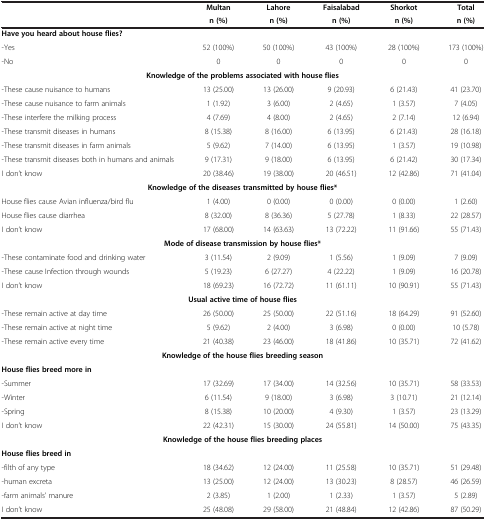
<table><thead><tr><td><b> </b></td><td><b>Multan</b></td><td><b>Lahore</b></td><td><b>Faisalabad</b></td><td><b>Shorkot</b></td><td><b>Total</b></td></tr><tr><td><b> </b></td><td><b>n (%)</b></td><td><b>n (%)</b></td><td><b>n (%)</b></td><td><b>n (%)</b></td><td><b>n (%)</b></td></tr></thead><tbody><tr><td><b>Have you heard about house flies?</b></td><td> </td><td> </td><td> </td><td> </td><td> </td></tr><tr><td>-Yes</td><td>52 (100%)</td><td>50 (100%)</td><td>43 (100%)</td><td>28 (100%)</td><td>173 (100%)</td></tr><tr><td>-No</td><td>0</td><td>0</td><td>0</td><td>0</td><td>0</td></tr><tr><td colspan="6"><b>Knowledge of the problems associated with house flies</b></td></tr><tr><td>-These cause nuisance to humans</td><td>13 (25.00)</td><td>13 (26.00)</td><td>9 (20.93)</td><td>6 (21.43)</td><td>41 (23.70)</td></tr><tr><td>-These cause nuisance to farm animals</td><td>1 (1.92)</td><td>3 (6.00)</td><td>2 (4.65)</td><td>1 (3.57)</td><td>7 (4.05)</td></tr><tr><td>-These interfere the milking process</td><td>4 (7.69)</td><td>4 (8.00)</td><td>2 (4.65)</td><td>2 (7.14)</td><td>12 (6.94)</td></tr><tr><td>-These transmit diseases in humans</td><td>8 (15.38)</td><td>8 (16.00)</td><td>6 (13.95)</td><td>6 (21.43)</td><td>28 (16.18)</td></tr><tr><td>-These transmit diseases in farm animals</td><td>5 (9.62)</td><td>7 (14.00)</td><td>6 (13.95)</td><td>1 (3.57)</td><td>19 (10.98)</td></tr><tr><td>-These transmit diseases both in humans and animals</td><td>9 (17.31)</td><td>9 (18.00)</td><td>6 (13.95)</td><td>6 (21.42)</td><td>30 (17.34)</td></tr><tr><td>I don’t know</td><td>20 (38.46)</td><td>19 (38.00)</td><td>20 (46.51)</td><td>12 (42.86)</td><td>71 (41.04)</td></tr><tr><td colspan="6"><b>Knowledge of the diseases transmitted by house flies*</b></td></tr><tr><td>House flies cause Avian influenza/bird flu</td><td>1 (4.00)</td><td>0 (0.00)</td><td>0 (0.00)</td><td>0 (0.00)</td><td>1 (2.60)</td></tr><tr><td>House flies cause diarrhea</td><td>8 (32.00)</td><td>8 (36.36)</td><td>5 (27.78)</td><td>1 (8.33)</td><td>22 (28.57)</td></tr><tr><td>I don’t know</td><td>17 (68.00)</td><td>14 (63.63)</td><td>13 (72.22)</td><td>11 (91.66)</td><td>55 (71.43)</td></tr><tr><td colspan="6"><b>Mode of disease transmission by house flies*</b></td></tr><tr><td>-These contaminate food and drinking water</td><td>3 (11.54)</td><td>2 (9.09)</td><td>1 (5.56)</td><td>1 (9.09)</td><td>7 (9.09)</td></tr><tr><td>-These cause Infection through wounds</td><td>5 (19.23)</td><td>6 (27.27)</td><td>4 (22.22)</td><td>1 (9.09)</td><td>16 (20.78)</td></tr><tr><td>I don’t know</td><td>18 (69.23)</td><td>16 (72.72)</td><td>11 (61.11)</td><td>10 (90.91)</td><td>55 (71.43)</td></tr><tr><td colspan="6"><b>Usual active time of house flies</b></td></tr><tr><td>-These remain active at day time</td><td>26 (50.00)</td><td>25 (50.00)</td><td>22 (51.16)</td><td>18 (64.29)</td><td>91 (52.60)</td></tr><tr><td>-These remain active at night time</td><td>5 (9.62)</td><td>2 (4.00)</td><td>3 (6.98)</td><td>0 (0.00)</td><td>10 (5.78)</td></tr><tr><td>-These remain active every time</td><td>21 (40.38)</td><td>23 (46.00)</td><td>18 (41.86)</td><td>10 (35.71)</td><td>72 (41.62)</td></tr><tr><td colspan="6"><b>Knowledge of the house flies breeding season</b></td></tr><tr><td><b>House flies breed more in</b></td><td> </td><td> </td><td> </td><td> </td><td> </td></tr><tr><td>-Summer</td><td>17 (32.69)</td><td>17 (34.00)</td><td>14 (32.56)</td><td>10 (35.71)</td><td>58 (33.53)</td></tr><tr><td>-Winter</td><td>6 (11.54)</td><td>9 (18.00)</td><td>3 (6.98)</td><td>3 (10.71)</td><td>21 (12.14)</td></tr><tr><td>-Spring</td><td>8 (15.38)</td><td>10 (20.00)</td><td>4 (9.30)</td><td>1 (3.57)</td><td>23 (13.29)</td></tr><tr><td>I don’t know</td><td>22 (42.31)</td><td>15 (30.00)</td><td>24 (55.81)</td><td>14 (50.00)</td><td>75 (43.35)</td></tr><tr><td colspan="6"><b>Knowledge of the house flies breeding places</b></td></tr><tr><td><b>House flies breed in</b></td><td> </td><td> </td><td> </td><td> </td><td> </td></tr><tr><td>-filth of any type</td><td>18 (34.62)</td><td>12 (24.00)</td><td>11 (25.58)</td><td>10 (35.71)</td><td>51 (29.48)</td></tr><tr><td>-human excreta</td><td>13 (25.00)</td><td>12 (24.00)</td><td>13 (30.23)</td><td>8 (28.57)</td><td>46 (26.59)</td></tr><tr><td>-farm animals’ manure</td><td>2 (3.85)</td><td>1 (2.00)</td><td>1 (2.33)</td><td>1 (3.57)</td><td>5 (2.89)</td></tr><tr><td>I don’t know</td><td>25 (48.08)</td><td>29 (58.00)</td><td>21 (48.84)</td><td>12 (42.86)</td><td>87 (50.29)</td></tr></tbody></table>